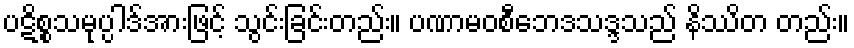
ပဋိစ္စသမုပ္ပါဒ်အားဖြင့် သွင်းခြင်းတည်း။ ပဏာမဝစီဘေဒသဒ္ဒသည် နိဿိတ တည်း။